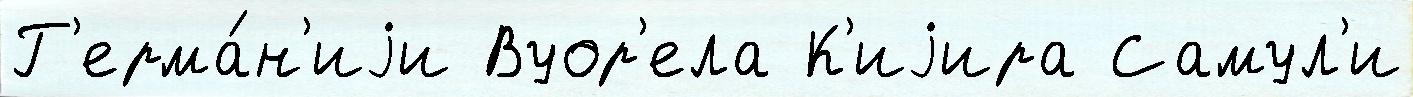
Г'ерма́н'иjи Вуор'ела К'иjира Самул'и